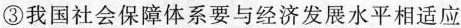
③我国社会保障体系要与经济发展水平相适应